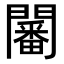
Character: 𨶸